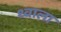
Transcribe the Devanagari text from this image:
थ्वाला